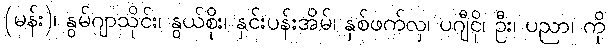
(မန်း)၊ နွမ်ဂျာသိုင်း၊ နွယ်စိုး၊ နှင်းပန်းအိမ်၊ နှစ်ဖက်လှ၊ ပဂျီငို၊ ဦး၊ ပညာ၊ ကို